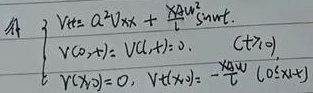
\[\left\{\begin{array}{l}V_{tt}=a^{2}V_{xx}+\frac{\gamma A\omega}{x}\sin\omega t\\V(0,t)=0, V(l,t)=0, \ (t\geq0)\\V(x,0)=0, V_{t}(x,0)=-\frac{\gamma A}{x}\cos\omega x\end{array}\right.\]